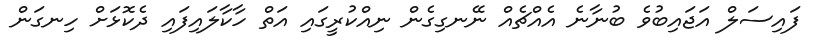
ފައިސަލް އަޖައިބުވެ ބުނާނެ އެއްޗެއް ނޭނގިގެން ނިއްކުރީގައި އަތް ހާކާލައިފައި ދެކޮޅަށް ހިނގަން